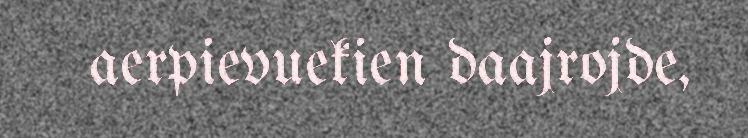
aerpievuekien daajrojde,